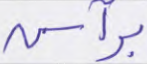
برأس